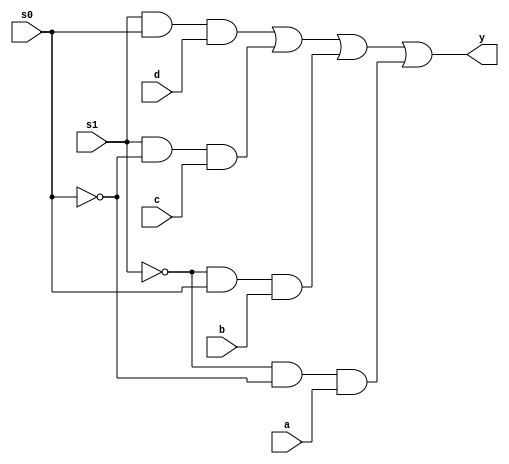
module fourToOne(a,b,c,d,s0,s1,y);
input a,b,c,d,s0,s1;
output y;

wire w0, w1, out1, out2, out3, out4;

not g1(w1,s1);
not g2(w0,s0);
and g3(out1, s1, s0, d);
and g4(out2, s1,w0, c);
and g5(out3, w1,s0, b);
and g6(out4, w1,w0, a);

or g7(y, out1, out2, out3, out4);

endmodule

module test;
reg a,b,c,d,s0,s1;
wire y;
fourToOne i(a,b,c,d,s0,s1,y);
initial begin
    a=1'b0;
    b=1'b0;
    c=1'b0;
    d=1'b0;
    s0=1'b0;
    s1=1'b0;
    $monitor("Time:time:%0t, a=%b, b=%b, c=%b, d=%b, s0=%b, s1=%b, y=%b",$time, a,b,c,d,s0,s1,y);
    #5 a=1'b0; b=1'b0; c=1'b0; d=1'b0; s0=1'b1; s1=1'b0;
    #5 a=1'b0; b=1'b1; c=1'b1; d=1'b1; s0=1'b0; s1=1'b1;
    #5 a=1'b0; b=1'b0; c=1'b1; d=1'b1; s0=1'b1; s1=1'b0;
    #5 a=1'b0; b=1'b1; c=1'b0; d=1'b0; s0=1'b0; s1=1'b1;

end
endmodule